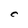
Character: C